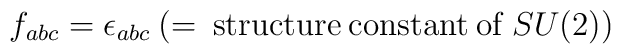
f_{abc}=\epsilon_{abc}\>(=\>{\rm structure\>constant\>of}\>SU(2))